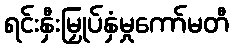
ရင်းနှီးမြှုပ်နှံမှုကော်မတီ